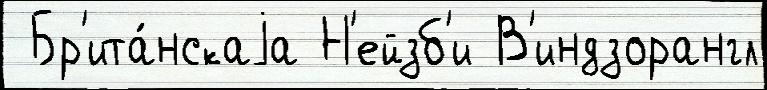
 Бр'ита́нскаjа Н'ейзб'и В'индзорангл